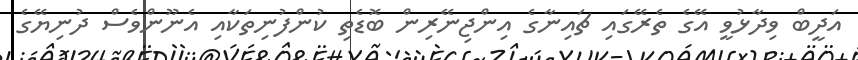
އަދީބް ވިދާޅުވީ އޭގެ ތެރޭގައި ޗައިނާގެ އިންޖިނޭރިން ބޮޑެތި ކުންފުނިތަކާއި އެނޫންވެސް ދުނިޔޭގެ